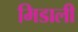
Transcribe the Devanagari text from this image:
मिडाली